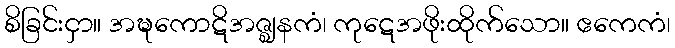
စိခြင်းငှာ။ အဍ္ဎကောဋိအဇ္ဈနကံ၊ ကုဋေအဖိုးထိုက်သော။ ဧကေကံ၊